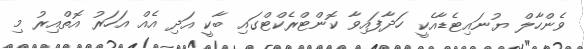
ވެންހާލް ޔުނައިޓެޑާއެކީ ހަދާފައިވާ ކޮންޓްރެކްޓްގައި ބާކީ އަދި އެއް އަހަރު އޮތްއިރު މި